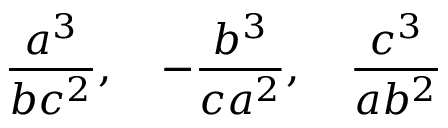
{ \frac { a ^ { 3 } } { b c ^ { 2 } } } , \quad - { \frac { b ^ { 3 } } { c a ^ { 2 } } } , \quad { \frac { c ^ { 3 } } { a b ^ { 2 } } }